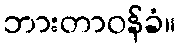
ဘားတာဝန်ခံ။